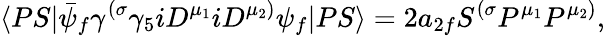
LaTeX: \langle PS|\bar{\psi}_{f}\gamma^{(\sigma}\gamma_{5}iD^{\mu_{1}}iD^{\mu_{2})}\psi_{f}|PS\rangle=2a_{2f}S^{(\sigma}P^{\mu_{1}}P^{\mu_{2})},